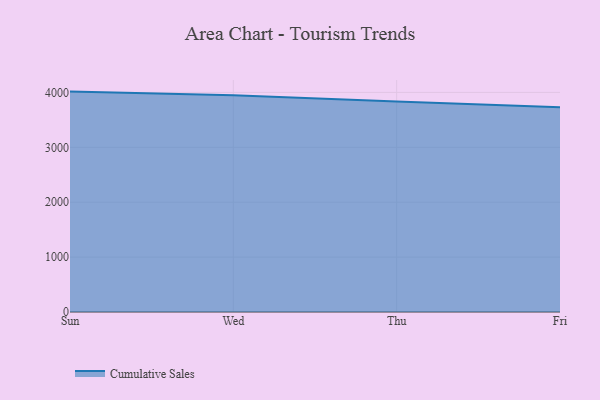
{"axis": {"x": "Day", "y": "Population (Million)"}, "legend": ["Cumulative Sales"], "data": [{"x": "Sun", "y": 4014.5, "type": "Cumulative Sales"}, {"x": "Wed", "y": 3950.2, "type": "Cumulative Sales"}, {"x": "Thu", "y": 3832.3, "type": "Cumulative Sales"}, {"x": "Fri", "y": 3730.0, "type": "Cumulative Sales"}]}